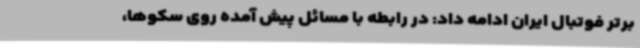
برتر فوتبال ایران ادامه داد: در رابطه با مسائل پیش آمده روی سکوها،